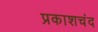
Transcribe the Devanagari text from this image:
प्रकाशचंद